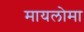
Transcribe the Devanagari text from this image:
मायलोमा